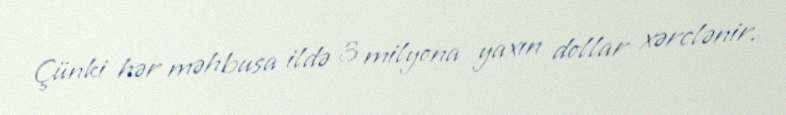
Çünki hər məhbusa ildə 3 milyona yaxın dollar xərclənir.